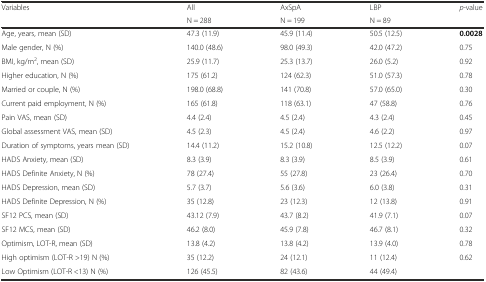
<table><thead><tr><td rowspan="2"><b>Variables</b></td><td><b>All</b></td><td><b>AxSpA</b></td><td><b>LBP</b></td><td rowspan="2"><b><i>p</i>-value</b></td></tr><tr><td><b>N = 288</b></td><td><b>N = 199</b></td><td><b>N = 89</b></td></tr></thead><tbody><tr><td>Age, years, mean (SD)</td><td>47.3 (11.9)</td><td>45.9 (11.4)</td><td>50.5 (12.5)</td><td><b>0.0028</b></td></tr><tr><td>Male gender, N (%)</td><td>140.0 (48.6)</td><td>98.0 (49.3)</td><td>42.0 (47.2)</td><td>0.75</td></tr><tr><td>BMI, kg/m<sup>2</sup>, mean (SD)</td><td>25.9 (11.7)</td><td>25.3 (13.7)</td><td>26.0 (5.2)</td><td>0.92</td></tr><tr><td>Higher education, N (%)</td><td>175 (61.2)</td><td>124 (62.3)</td><td>51.0 (57.3)</td><td>0.78</td></tr><tr><td>Married or couple, N (%)</td><td>198.0 (68.8)</td><td>141 (70.8)</td><td>57.0 (65.0)</td><td>0.30</td></tr><tr><td>Current paid employment, N (%)</td><td>165 (61.8)</td><td>118 (63.1)</td><td>47 (58.8)</td><td>0.76</td></tr><tr><td>Pain VAS, mean (SD)</td><td>4.4 (2.4)</td><td>4.5 (2.4)</td><td>4.3 (2.4)</td><td>0.45</td></tr><tr><td>Global assessment VAS, mean (SD)</td><td>4.5 (2.3)</td><td>4.5 (2.4)</td><td>4.6 (2.2)</td><td>0.97</td></tr><tr><td>Duration of symptoms, years mean (SD)</td><td>14.4 (11.2)</td><td>15.2 (10.8)</td><td>12.5 (12.2)</td><td>0.07</td></tr><tr><td>HADS Anxiety, mean (SD)</td><td>8.3 (3.9)</td><td>8.3 (3.9)</td><td>8.5 (3.9)</td><td>0.61</td></tr><tr><td>HADS Definite Anxiety, N (%)</td><td>78 (27.4)</td><td>55 (27.8)</td><td>23 (26.4)</td><td>0.70</td></tr><tr><td>HADS Depression, mean (SD)</td><td>5.7 (3.7)</td><td>5.6 (3.6)</td><td>6.0 (3.8)</td><td>0.31</td></tr><tr><td>HADS Definite Depression, N (%)</td><td>35 (12.8)</td><td>23 (12.3)</td><td>12 (13.8)</td><td>0.91</td></tr><tr><td>SF12 PCS, mean (SD)</td><td>43.12 (7.9)</td><td>43.7 (8.2)</td><td>41.9 (7.1)</td><td>0.07</td></tr><tr><td>SF12 MCS, mean (SD)</td><td>46.2 (8.0)</td><td>45.9 (7.8)</td><td>46.7 (8.1)</td><td>0.32</td></tr><tr><td>Optimism, LOT-R, mean (SD)</td><td>13.8 (4.2)</td><td>13.8 (4.2)</td><td>13.9 (4.0)</td><td>0.78</td></tr><tr><td>High optimism (LOT-R &gt;19) N (%)</td><td>35 (12.2)</td><td>24 (12.1)</td><td>11 (12.4)</td><td rowspan="2">0.62</td></tr><tr><td>Low Optimism (LOT-R &lt;13) N (%)</td><td>126 (45.5)</td><td>82 (43.6)</td><td>44 (49.4)</td></tr></tbody></table>